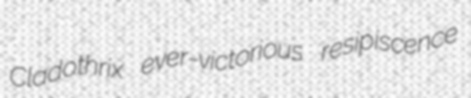
Cladothrix ever-victorious resipiscence